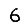
Digit: 6